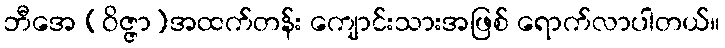
ဘီအေ (ဝိဇ္ဇာ)အထက်တန်း ကျောင်းသားအဖြစ် ရောက်လာပါတယ်။